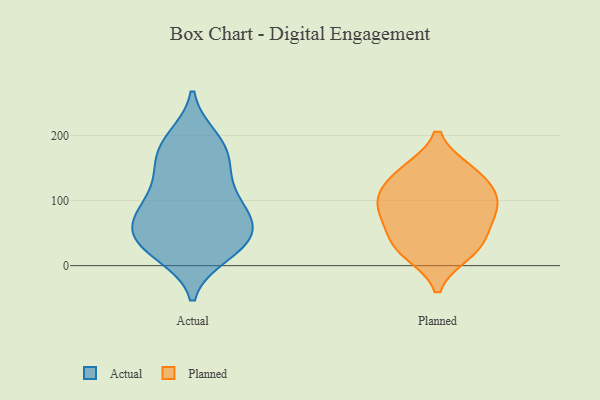
{"axis": {"x": "Population (Million)", "y": "Value"}, "legend": ["Actual", "Planned"], "data": [{"x": "", "y": 29, "type": "Actual"}, {"x": "", "y": 178, "type": "Actual"}, {"x": "", "y": 97, "type": "Actual"}, {"x": "", "y": 144, "type": "Actual"}, {"x": "", "y": 25, "type": "Actual"}, {"x": "", "y": 44, "type": "Actual"}, {"x": "", "y": 165, "type": "Actual"}, {"x": "", "y": 43, "type": "Actual"}, {"x": "", "y": 108, "type": "Actual"}, {"x": "", "y": 38, "type": "Actual"}, {"x": "", "y": 82, "type": "Actual"}, {"x": "", "y": 73, "type": "Actual"}, {"x": "", "y": 69, "type": "Actual"}, {"x": "", "y": 191, "type": "Actual"}, {"x": "", "y": 139, "type": "Actual"}, {"x": "", "y": 73, "type": "Actual"}, {"x": "", "y": 196, "type": "Actual"}, {"x": "", "y": 18, "type": "Actual"}, {"x": "", "y": 119, "type": "Planned"}, {"x": "", "y": 85, "type": "Planned"}, {"x": "", "y": 145, "type": "Planned"}, {"x": "", "y": 144, "type": "Planned"}, {"x": "", "y": 27, "type": "Planned"}, {"x": "", "y": 20, "type": "Planned"}, {"x": "", "y": 39, "type": "Planned"}, {"x": "", "y": 94, "type": "Planned"}, {"x": "", "y": 67, "type": "Planned"}, {"x": "", "y": 101, "type": "Planned"}]}